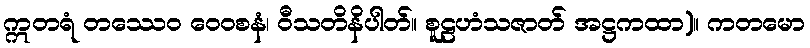
ဣတရံ တဿေဝ ဝေဝစနံ၊ ဝီသတိနိပါတ်။ စူဠဟံသဇာတ် အဋ္ဌကထာ)။ ကတမော